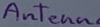
Text: Antenna